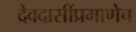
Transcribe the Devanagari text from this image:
देवदासींप्रमाणेच